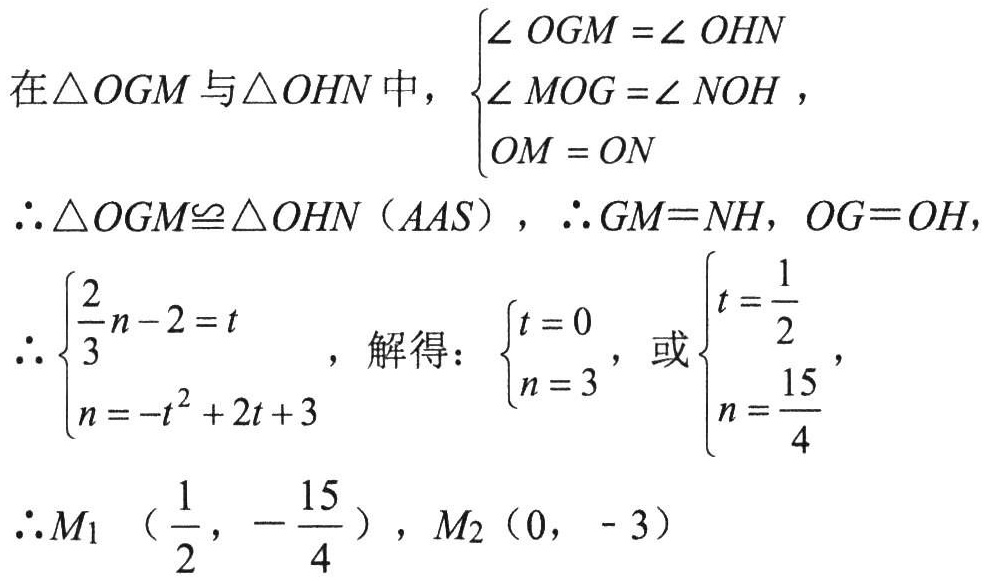
在\(\triangle OGM\) 与\(\triangle OHN\) 中，\(\begin{cases}\angle OGM=\angle OHN\\\angle MOG=\angle NOH\\OM = ON\end{cases}\)，
\(\therefore\triangle OGM\cong\triangle OHN(AAS)\)，\(\therefore GM = NH\)，\(OG = OH\)，
\(\therefore\begin{cases}\frac{2}{3}n - 2=t\\n=-t^{2}+2t + 3\end{cases}\)，解得：\(\begin{cases}t = 0\\n = 3\end{cases}\)，或\(\begin{cases}t=\frac{1}{2}\\n=\frac{15}{4}\end{cases}\)，
\(\therefore M_{1}\left(\frac{1}{2},-\frac{15}{4}\right)\)，\(M_{2}(0,-3)\)